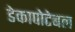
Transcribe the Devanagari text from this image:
डेकापोटेबल